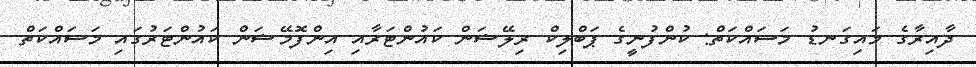
ދާއިރާގެ މައިގަނޑު މަސައްކަތް: ކުންފުނީގެ ޕަބްލިކް ރިލޭޝަން ކައުންޓަރާއި އިންފޮމޭޝަން ކައުންޓަރުގައި މަސައްކަތް